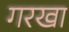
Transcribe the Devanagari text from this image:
गरखा